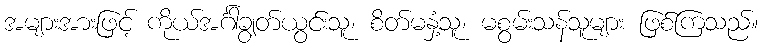
အများအားဖြင့် ကိုယ်အင်္ဂါချွတ်ယွင်းသူ၊ စိတ်မနှံ့သူ၊ မစွမ်းသန်သူများ ဖြစ်ကြသည်။